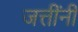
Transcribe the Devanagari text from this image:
जत्तींनी